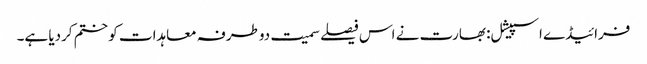
فرائیڈے اسپیشل: بھارت نے اس فیصلے سمیت دوطرفہ معاہدات کو ختم کردیا ہے۔